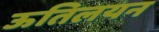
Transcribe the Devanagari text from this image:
ऊतिलयन